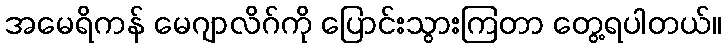
အမေရိကန် မေဂျာလိဂ်ကို ပြောင်းသွားကြတာ တွေ့ရပါတယ်။